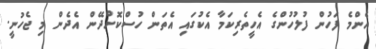
އެންމެ ފަހުން ފުލުހުންގެ އެހީތެރިކަމާ އެކުގައި އެތަން ހުސްކޮށްދޭން އެދެން މި ޖެހުނީ.